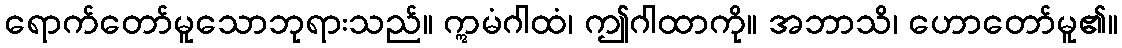
ရောက်တော်မူသောဘုရားသည်။ ဣမံဂါထံ၊ ဤဂါထာကို။ အဘာသိ၊ ဟောတော်မူ၏။